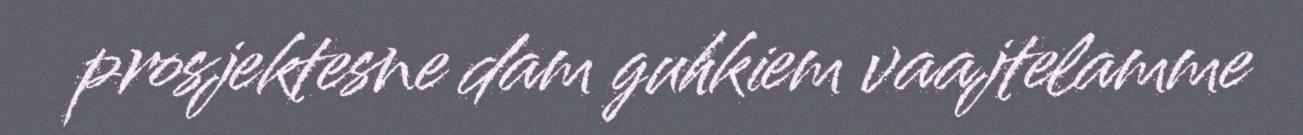
prosjektesne dam guhkiem vaajtelamme